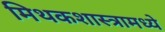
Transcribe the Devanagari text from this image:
मिथकशास्त्रामध्ये